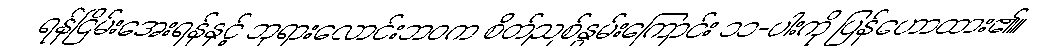
ရန်ငြိမ်းအေးရန်နှင့် ဘုရားလောင်းဘဝက စိတ်ညစ်နွမ်းကြောင်း ၁၁-ပါးကို ပြန်ဟောထား၏။